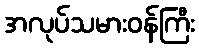
အလုပ်သမားဝန်ကြီး